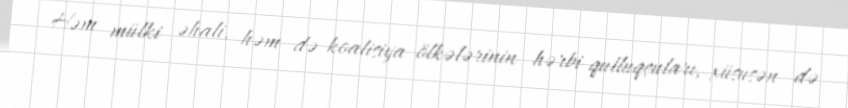
Həm mülki əhali, həm də koalisiya ölkələrinin hərbi qulluqçuları, xüsusən də